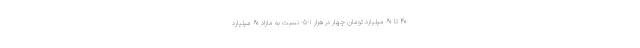
۴۰ تا ۶۰ میلیارد تومان چهار در هزار ۱-۵- نسبت به مازاد ۶۰ میلیارد